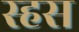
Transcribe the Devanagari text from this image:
स्हस